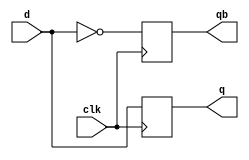
//20L152-SUMITHA R A

module Dflipflop(
    input d,clk,
    output reg q,qb
    );
always@(posedge clk)
begin
q=d;
qb=~d;
end
endmodule